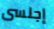
إجلسى